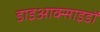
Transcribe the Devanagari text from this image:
डाइआक्साइडों